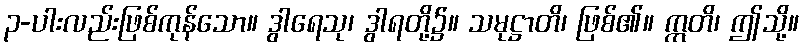
၃-ပါးလည်းဖြစ်ကုန်သော။ ဒွါရေသု၊ ဒွါရတို့၌။ သမုဋ္ဌာတိ၊ ဖြစ်၏။ ဣတိ၊ ဤသို့။